Black-water fever - Number 35
Disease focus: Fever
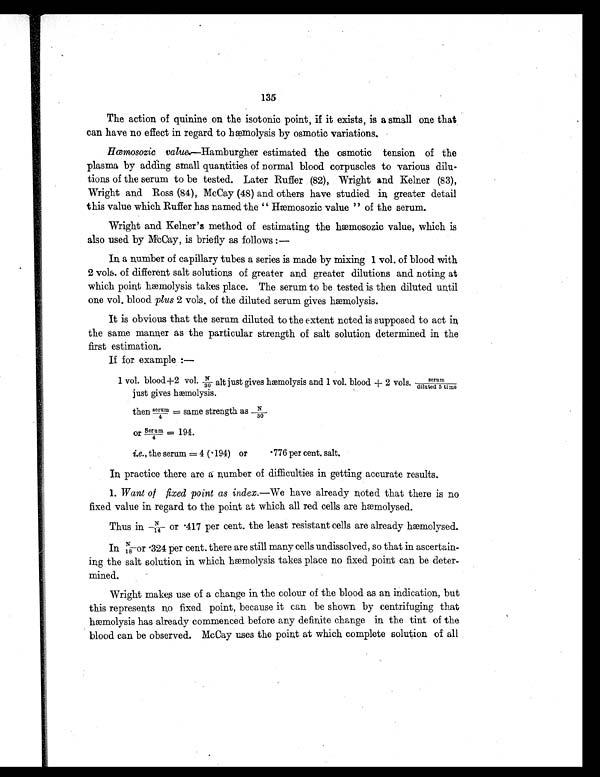
135
The action of quinine on the isotonic point, if it exists, is a small one that
can have no effect in regard to hæmolysis by osmotic variations.
Hœmosozic value—Hamburgher estimated the osmotic tension of the
plasma by adding small quantities of normal blood corpuscles to various dilu-
tions of the serum to be tested. Later Ruffer (82), Wright and Kelner (83),
Wright and Ross (84), McCay (48) and others have studied in greater detail
this value which Ruffer has named the “ Hæmosozic value ” of the serum.
Wright and Kelner’s method of estimating the hæmosozic value, which is
also used by McCay, is briefly as follows :—
In a number of capillary tubes a series is made by mixing I vol. of blood with
2 vols. of different salt solutions of greater and greater dilutions and noting at
which point hæmolysis takes place. The serum to be tested is then diluted until
one vol. blood plus 2 vols. of the diluted serum gives hæmolysis.
It is obvious that the serum diluted to the extent noted is supposed to act in
the same manner as the particular strength of salt solution determined in the
first estimation.
If for example :-
1 vol. blood+2 vol. N/30 alt just gives hæmolysis and I vol. blood + 2 vols. serum/diluted 5 time
just gives hæmolysis.
then serum/4 = same strength as N/30.
or Serum = 194.
4
i.e., the serum = 4 ( 194) or• 776 per cent. salt.
In practice there are a number of difficulties in getting accurate results.
1. Want of fixed point as index.—We have already noted that there is no
fixed value in regard to the point at which all red cells are hæmolysed.
Thus in N/14 or .417 per cent. the least resistant cells are already hæmolysed.
In N/18 or 324 per cent. there are still many cells undissolved, so that in ascertain-
ing the salt solution in which hæmolysis takes place no fixed point can be deter-
mined.
Wright makes use of a change in the colour of the blood as an indication, but
this represents no fixed point, because it can be shown by centrifuging that
hæmolysis has already commenced before any definite change in the tint of the
blood can be observed. McCay uses the point at which complete solution of all